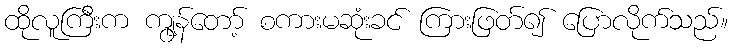
ထိုလူကြီးက ကွျန်တော့် စကားမဆုံးခင် ကြားဖြတ်၍ ပြောလိုက်သည်။